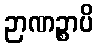
ဉာဏဉ္စာပိ